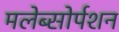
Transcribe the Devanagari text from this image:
मलेब्सोर्पशन